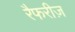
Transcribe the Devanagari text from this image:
रैफरीज़